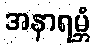
အနာရမ္ဘံ